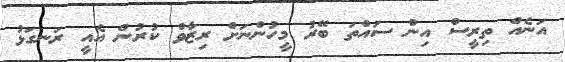
އަނެއް ތިރީސް އިން ސައްތަ ބޭރު މީހުންނަށް ރިޒާވް ކުރުން އެއީ ރަނގަޅު